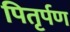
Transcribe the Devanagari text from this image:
पितृर्पण